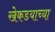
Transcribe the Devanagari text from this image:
खेकडयाच्या